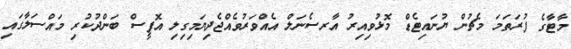
މާޓާގެ ފުރަތަމަ މެޗުން ޔުނައިޓެޑް މޮޅުވިއިރު އާރސެނަލް އެއްވަރުވެއްޖެދިޔަމިގިލި އޮފީސް ބަންދުކުރި މައްސަލާގައި